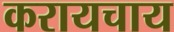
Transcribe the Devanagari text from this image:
करायचाय